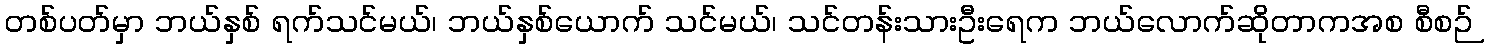
တစ်ပတ်မှာ ဘယ်နှစ် ရက်သင်မယ်၊ ဘယ်နှစ်ယောက် သင်မယ်၊ သင်တန်းသားဦးရေက ဘယ်လောက်ဆိုတာကအစ စီစဉ်